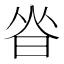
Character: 𰖃